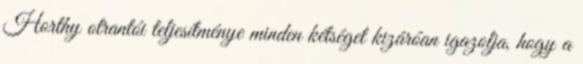
Horthy otrantói teljesítménye minden kétséget kizáróan igazolja, hogy a